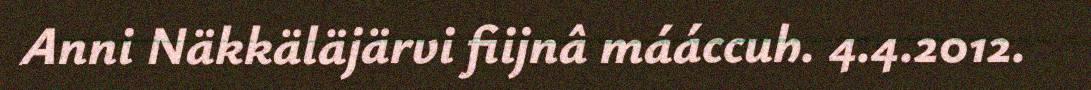
Anni Näkkäläjärvi fiijnâ mááccuh. 4.4.2012.